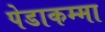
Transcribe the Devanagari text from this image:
पेडाकम्मा